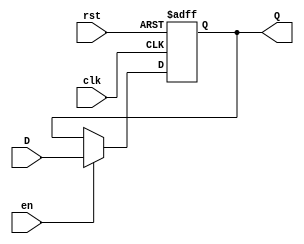
// MIGUEL BENAVIDES


module Register #(
	parameter N=32
)

(	
	input [N-1:0] D,
	input clk, rst, en,  
	output reg [N-1:0] Q	
);

//always@(posedge clk, negedge rst) begin
always@(negedge rst or posedge clk) begin	
	if(rst==0)
		Q <= 1'b0;
		
	else if (en==1)
		Q <= D;
	end
endmodule 

//module Register #(
//	parameter N=32
//)
//
//(	
//	input [N-1:0] D,
//	input clk, rst, en,  
//	output reg [N-1:0] Q	
//);
//
////always@(posedge clk, negedge rst) begin
//always@(posedge clk or negedge rst) begin	
//	if(!rst)
//		Q <= 1'b0;
//		
//	else if (en)
//		Q <= D;
//	end
//endmodule